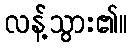
လန့်သွား၏။